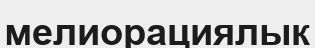
мелиорациялык